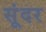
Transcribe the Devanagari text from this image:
सूंदर